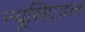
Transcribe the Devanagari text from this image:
न्यूसिएडल